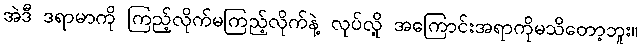
အဲဒီ ဒရာမာကို ကြည့်လိုက်မကြည့်လိုက်နဲ့ လုပ်လို့ အကြောင်းအရာကိုမသိတော့ဘူး။